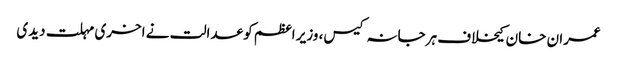
عمران خان کیخلاف ہرجانہ کیس، وزیر اعظم کو عدالت نے اخری مہلت دیدی